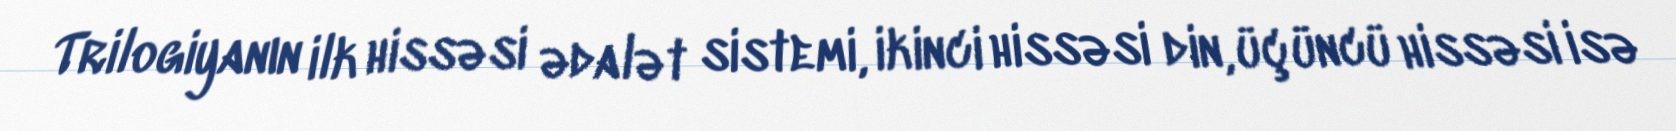
Trilogiyanın ilk hissəsi ədalət sistemi, ikinci hissəsi din, üçüncü hissəsi isə